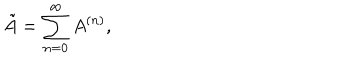
\tilde { A } = \sum _ { n = 0 } ^ { \infty } A ^ { ( n ) } ,